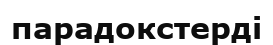
парадокстерді